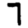
Digit: 7